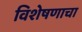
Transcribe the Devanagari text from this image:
विशेषणाचा